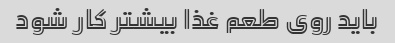
باید روی طعم غذا بیشتر کار شود